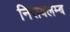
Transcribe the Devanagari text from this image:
निरावलम्ब